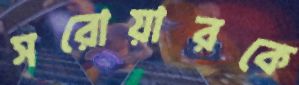
সরোয়ারকে